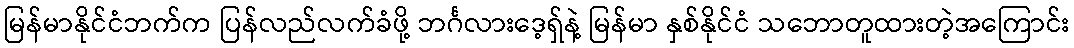
မြန်မာနိုင်ငံဘက်က ပြန်လည်လက်ခံဖို့ ဘင်္ဂလားဒေ့ရှ်နဲ့ မြန်မာ နှစ်နိုင်ငံ သဘောတူထားတဲ့အကြောင်း